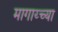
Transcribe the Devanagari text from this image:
मागाय्च्या